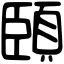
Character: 頣